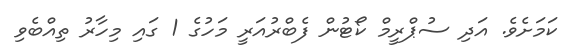
ކަމަށެވެ. އަދި ސުޕްރީމް ކޯޓުން ފެބްރުއަރީ މަހުގެ 1 ގައި މިހާރު ތިއްބެވި